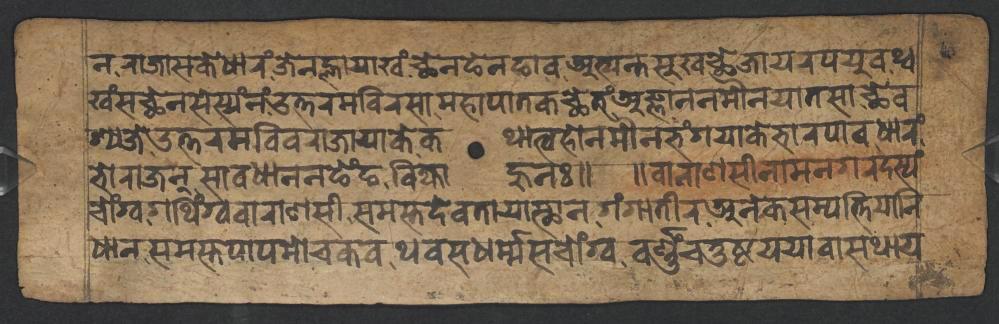
𑐣𑐬𑐵𑐖𑐵𑐳𑐎𑐾𑐢𑐵𑐬𑑄𑐖𑐾𑐣𑐮𑑂𑐴𑐵𑐫𑐵𑐏𑑄𑐕𑐾𑐣𑐒𑐾𑐣𑐒𑐵𑐰𑐀𑐟𑑂𑐫𑐣𑑂𑐟𑐳𑐸𑐏𑐕𑐾𑐖𑐵𑐫𑐬𑐥𑐫𑐸𑐰𑐠𑑂𑐰 𑐏𑑄𑐳𑐕𑐾𑐣𑐳𑐾𑐳𑑂𑐫𑑄𑐣𑑄𑐄𑐟𑑂𑐟𑐬𑐩𑐧𑐶𑐬𑐳𑐵𑐩𑐴𑐵𑐥𑐵𑐟𑐎𑐕𑐾𑐟𑑄𑐀𑐖𑑂𑐘𑐵𑐣𑐣𑐩𑑁𑐣𑐫𑐵𑐟𑐳𑐵𑐕𑐾𑐰 𑐱𑑂𑐫𑐖𑐾𑐄𑐟𑑂𑐟𑐬𑐩𑐧𑐶𑐰𑐬𑐵𑐖𑐵𑐫𑐵𑐎𑐾𑐎𑐠𑐵𑐟𑑂𑐰𑐴𑑀𑐣𑐩𑑁𑐣𑐨𑑄𑐐𑐫𑐵𑐎𑐾𑐨𑐵𑐬𑐥𑐵𑐰𑐢𑐵𑐬𑑄 𑐨𑑀𑐬𑐵𑐖𑐣𑑂𑐳𑐵𑐰𑐢𑐵𑐣𑐣𑐒𑐾𑑄𑐒𑐧𑐶𑐖𑑂𑐫𑐵𑐴𑐸𑐣𑑅𑑌 𑑌𑐰𑐵𑐬𑐵𑐞𑐳𑐷𑐣𑐵𑐩𑐣𑐐𑐬𑐡𑐳𑑂𑐫𑑄 𑐔𑑀𑑄𑐐𑑂𑐰𑐐𑐠𑐶𑑄𑐐𑑂𑐰𑐰𑐵𑐬𑐵𑐞𑐳𑐷𑐳𑐩𑐳𑑂𑐟𑐡𑐾𑐰𑐟𑐵𑐫𑐵𑐳𑑂𑐠𑐵𑐣𑐐𑑄𑐐𑐵𑐟𑐷𑐬𑐀𑐣𑐾𑐎𑐳𑐩𑑂𑐥𑐟𑑂𑐟𑐶𑐫𑐵𑐣𑐶 𑐢𑐵𑐣𑐳𑐩𑐳𑑂𑐟𑐥𑐵𑐥𑐩𑑀𑐔𑐎𑐰𑐠𑐰𑐳𑐢𑐬𑑂𑐩𑑂𑐩𑐳𑐔𑑀𑑄𑐐𑑂𑐰𑐰𑐬𑑂𑐞𑑂𑐞𑑄𑐔𑐟𑐸𑐲𑑂𑐚𑐫𑐫𑐵𑐰𑐵𑐳𑐠𑐵𑐫